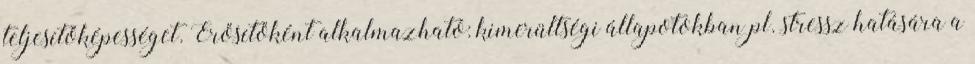
teljesítőképességet. Erősítőként alkalmazható: kimerültségi állapotokban pl. stressz hatására a